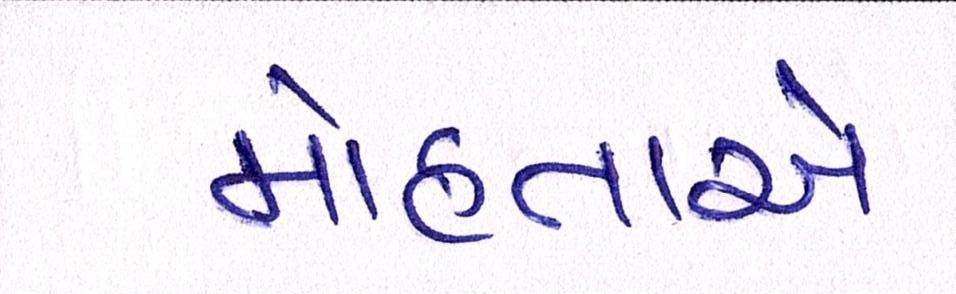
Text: મોહતાએ